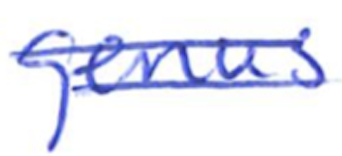
Text: genus
Cross-out: double-line
Writing tool: ballpoint